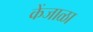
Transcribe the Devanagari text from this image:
केंजाळा